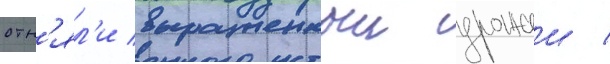
отн'ял'и выращенныи урожаи /